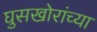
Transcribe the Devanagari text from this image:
घुसखोरांच्या